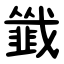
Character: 韱